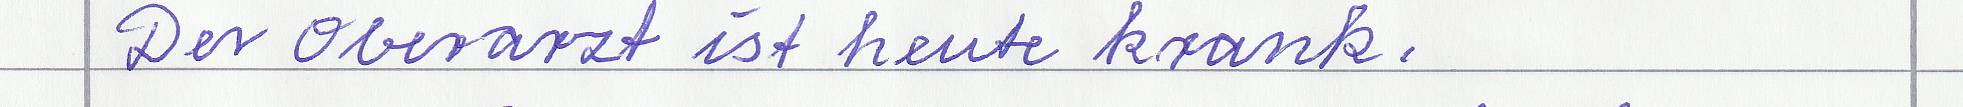
Der Oberarzt ist heute krank.